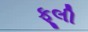
ફૂલી